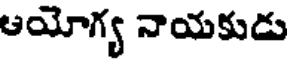
ఆయోగ్య నాయకుడు